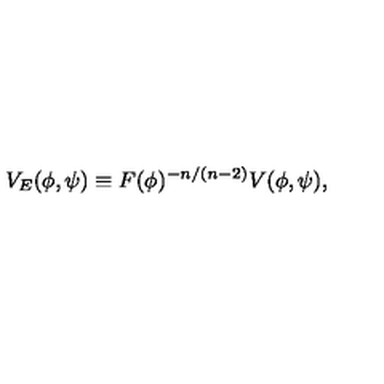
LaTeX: V _ { E } ( \phi , \psi ) \equiv F ( \phi ) ^ { - n / ( n - 2 ) } V ( \phi , \psi ) ,